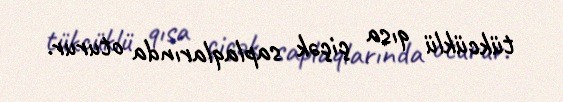
tükcüklü qısa çiçək saplaqlarında oturur.